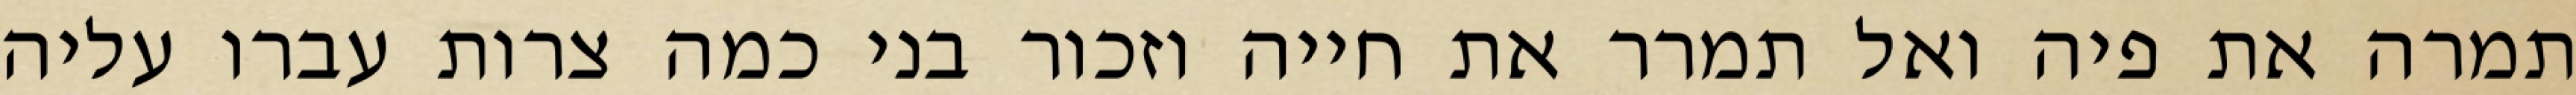
תמרה את פיה ואל תמרר את חייה וזכור בני כמה צרות עברו עליה